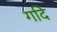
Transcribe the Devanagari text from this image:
गदि